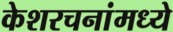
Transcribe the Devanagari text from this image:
केशरचनांमध्ये